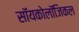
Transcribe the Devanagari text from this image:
सॉयकोलॉजिकल